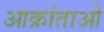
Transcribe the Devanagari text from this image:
आक्रांताओ